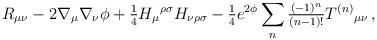
LaTeX: \begin{align*}R_{\mu\nu} -2\nabla_{\mu}\nabla_{\nu}\phi +{\textstyle\frac{1}{4}} H_{\mu}{}^{\rho\sigma} H_{\nu\rho\sigma}-{\textstyle\frac{1}{4}}e^{2\phi}\sum_{n} {\textstyle\frac{(-1)^{n}}{(n-1)!}} T^{(n)}{}_{\mu\nu}\, ,\end{align*}